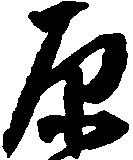
原